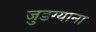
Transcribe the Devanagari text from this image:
जुडग्याना